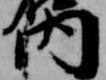
内